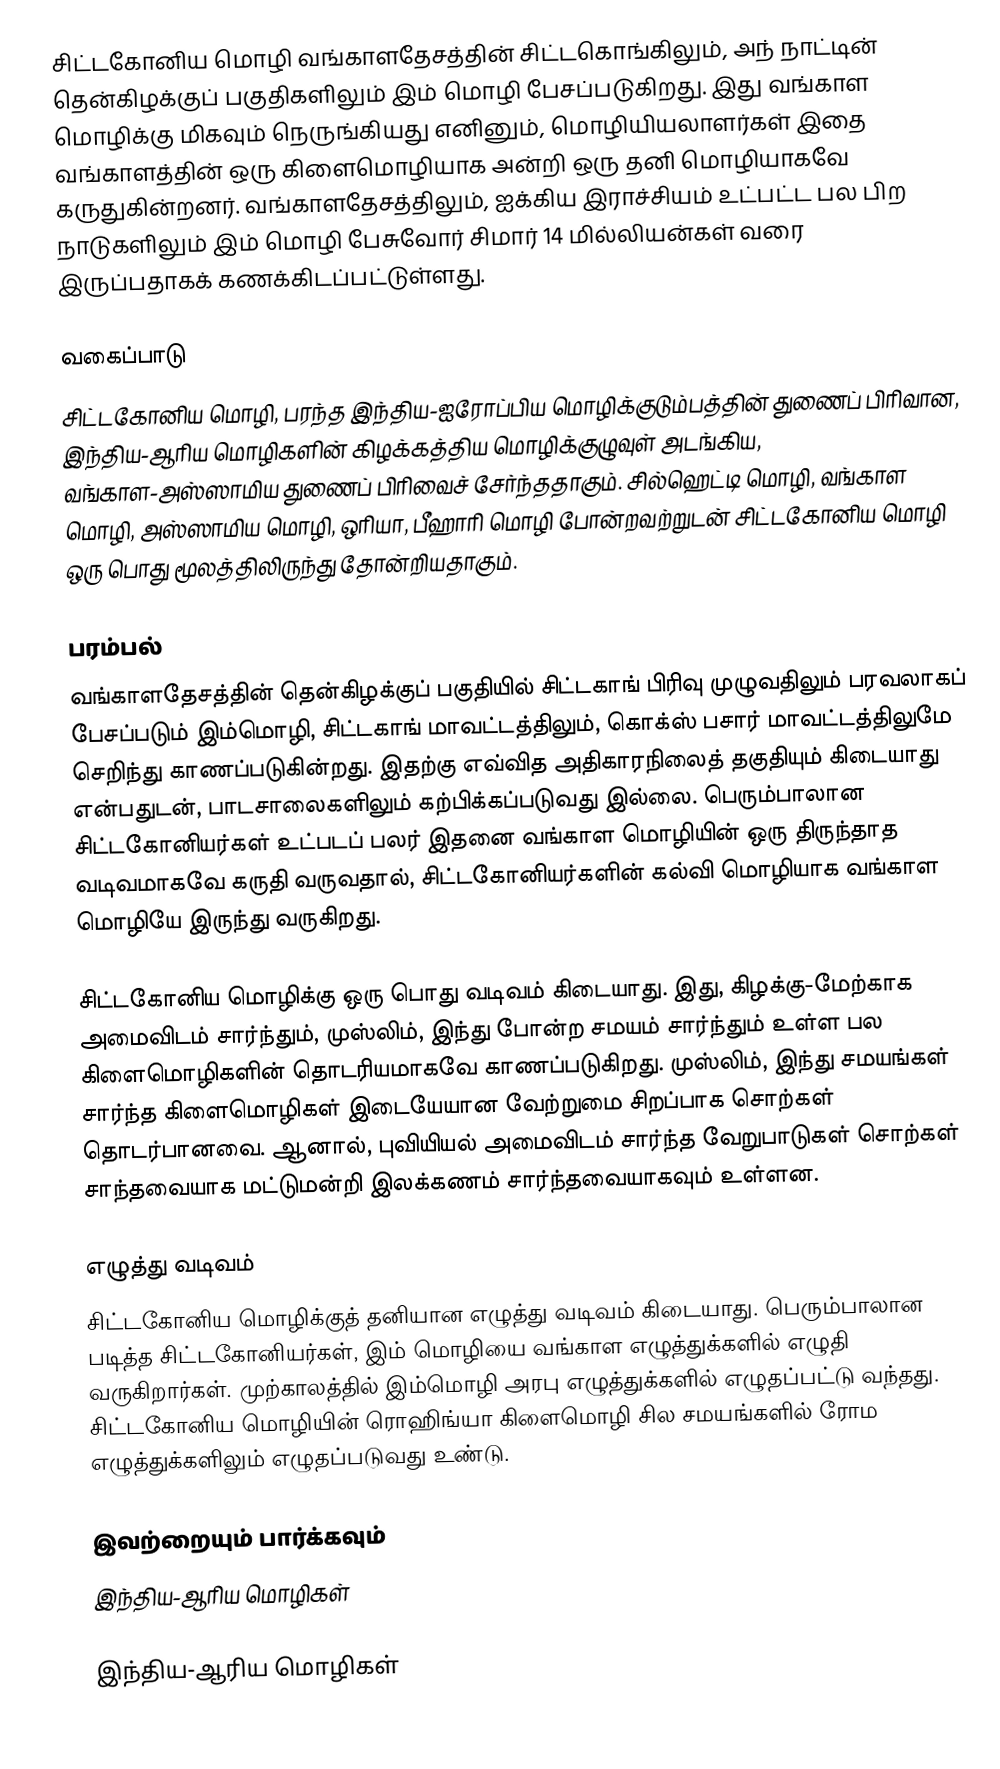
சிட்டகோனிய மொழி வங்காளதேசத்தின் சிட்டகொங்கிலும், அந் நாட்டின் தென்கிழக்குப் பகுதிகளிலும் இம் மொழி பேசப்படுகிறது. இது வங்காள மொழிக்கு மிகவும் நெருங்கியது எனினும், மொழியியலாளர்கள் இதை வங்காளத்தின் ஒரு கிளைமொழியாக அன்றி ஒரு தனி மொழியாகவே கருதுகின்றனர். வங்காளதேசத்திலும், ஐக்கிய இராச்சியம் உட்பட்ட பல பிற நாடுகளிலும் இம் மொழி பேசுவோர் சிமார் 14 மில்லியன்கள் வரை இருப்பதாகக் கணக்கிடப்பட்டுள்ளது.

வகைப்பாடு
சிட்டகோனிய மொழி, பரந்த இந்திய-ஐரோப்பிய மொழிக்குடும்பத்தின் துணைப் பிரிவான, இந்திய-ஆரிய மொழிகளின் கிழக்கத்திய மொழிக்குழுவுள் அடங்கிய, வங்காள-அஸ்ஸாமிய துணைப் பிரிவைச் சேர்ந்ததாகும். சில்ஹெட்டி மொழி, வங்காள மொழி, அஸ்ஸாமிய மொழி, ஒரியா, பீஹாரி மொழி போன்றவற்றுடன் சிட்டகோனிய மொழி ஒரு பொது மூலத்திலிருந்து தோன்றியதாகும்.

பரம்பல்
வங்காளதேசத்தின் தென்கிழக்குப் பகுதியில் சிட்டகாங் பிரிவு முழுவதிலும் பரவலாகப் பேசப்படும் இம்மொழி, சிட்டகாங் மாவட்டத்திலும், கொக்ஸ் பசார் மாவட்டத்திலுமே செறிந்து காணப்படுகின்றது. இதற்கு எவ்வித அதிகாரநிலைத் தகுதியும் கிடையாது என்பதுடன், பாடசாலைகளிலும் கற்பிக்கப்படுவது இல்லை. பெரும்பாலான சிட்டகோனியர்கள் உட்படப் பலர் இதனை வங்காள மொழியின் ஒரு திருந்தாத வடிவமாகவே கருதி வருவதால், சிட்டகோனியர்களின் கல்வி மொழியாக வங்காள மொழியே இருந்து வருகிறது.

சிட்டகோனிய மொழிக்கு ஒரு பொது வடிவம் கிடையாது. இது, கிழக்கு-மேற்காக அமைவிடம் சார்ந்தும், முஸ்லிம், இந்து போன்ற சமயம் சார்ந்தும் உள்ள பல கிளைமொழிகளின் தொடரியமாகவே காணப்படுகிறது. முஸ்லிம், இந்து சமயங்கள் சார்ந்த கிளைமொழிகள் இடையேயான வேற்றுமை சிறப்பாக சொற்கள் தொடர்பானவை. ஆனால், புவியியல் அமைவிடம் சார்ந்த வேறுபாடுகள் சொற்கள் சாந்தவையாக மட்டுமன்றி இலக்கணம் சார்ந்தவையாகவும் உள்ளன.

எழுத்து வடிவம்
சிட்டகோனிய மொழிக்குத் தனியான எழுத்து வடிவம் கிடையாது. பெரும்பாலான படித்த சிட்டகோனியர்கள், இம் மொழியை வங்காள எழுத்துக்களில் எழுதி வருகிறார்கள். முற்காலத்தில் இம்மொழி அரபு எழுத்துக்களில் எழுதப்பட்டு வந்தது. சிட்டகோனிய மொழியின் ரொஹிங்யா கிளைமொழி சில சமயங்களில் ரோம எழுத்துக்களிலும் எழுதப்படுவது உண்டு.

இவற்றையும் பார்க்கவும்
 இந்திய-ஆரிய மொழிகள்

இந்திய-ஆரிய மொழிகள்